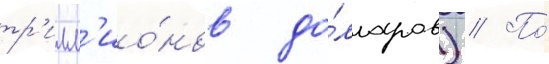
тр'илл'ио́нов до́лларов) // По́